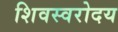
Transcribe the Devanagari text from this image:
शिवस्वरोदय